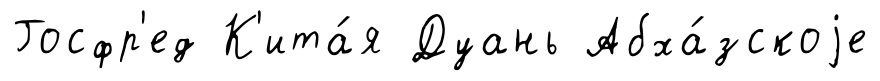
Госфр'ед К'ита́я Дуань Абха́зскоjе